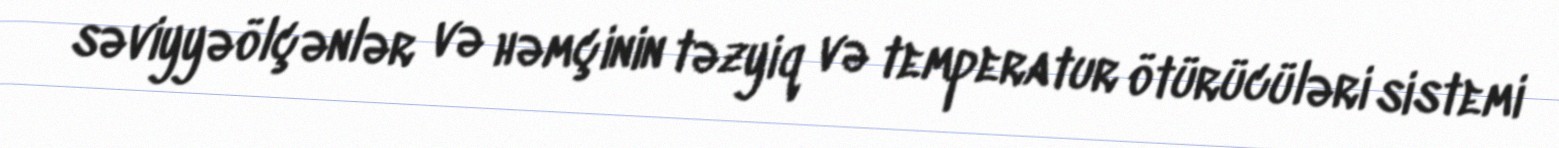
səviyyəölçənlər və həmçinin təzyiq və temperatur ötürücüləri sistemi